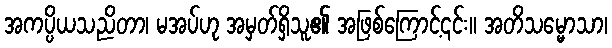
အကပ္ပိယသညိတာ၊ မအပ်ဟု အမှတ်ရှိသူ၏ အဖြစ်ကြောင့်၎င်း။ အတိသမ္မောသာ၊